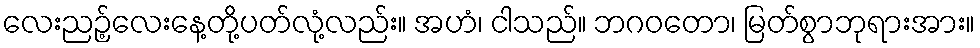
လေးညဉ့်လေးနေ့တို့ပတ်လုံ့လည်း။ အဟံ၊ ငါသည်။ ဘဂဝတော၊ မြတ်စွာဘုရားအား။